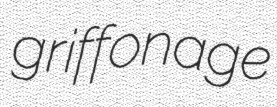
griffonage